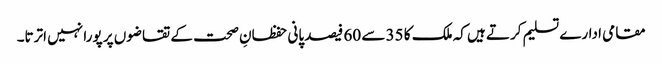
مقامی ادارے تسلیم کرتے ہیں کہ ملک کا 35 سے 60 فیصد پانی حفظانِ صحت کے تقاضوں پر پورا نہیں اترتا۔